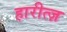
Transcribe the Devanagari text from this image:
हारीत्ज़